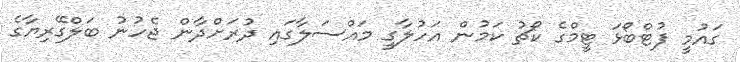
ގައުމީ ފުޓްބޯޅަ ޓީމްގެ ކޯޗު ކަމުން އަހުލާގީ މައްސަލާގައި ދުރަށްދާން ޖެހުުނު ބަލްގޭރިޔާގެ